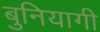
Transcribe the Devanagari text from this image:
बुनियागी